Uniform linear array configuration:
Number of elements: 12
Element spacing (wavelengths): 1
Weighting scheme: hann
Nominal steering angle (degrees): -60
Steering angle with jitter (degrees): -61.937
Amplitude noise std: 0.05
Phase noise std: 0.05

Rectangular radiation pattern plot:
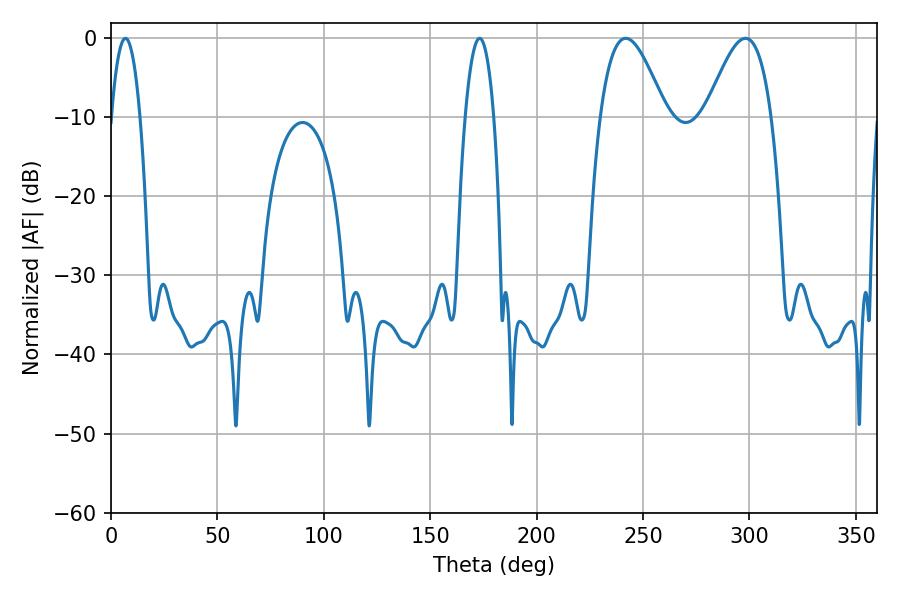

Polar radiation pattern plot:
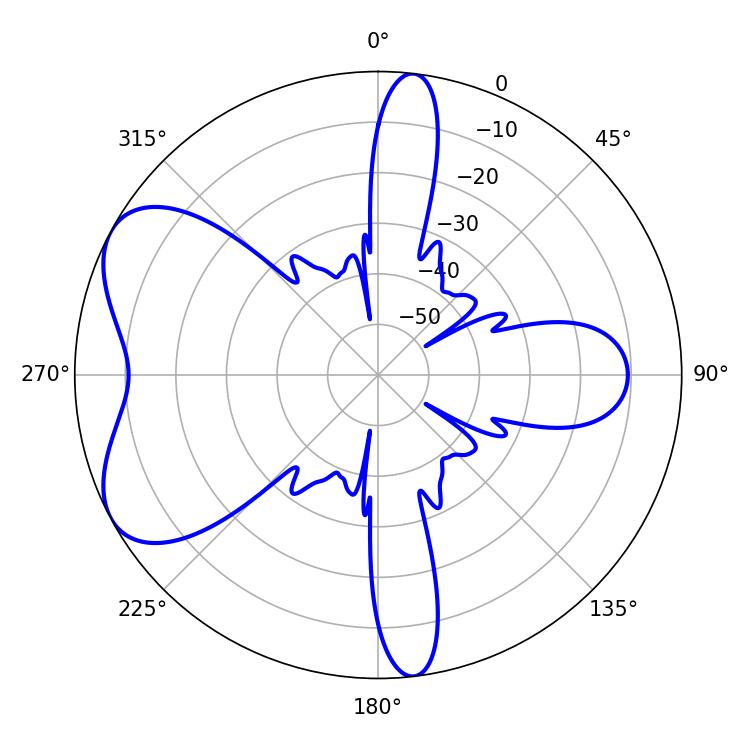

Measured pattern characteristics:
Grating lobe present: TRUE
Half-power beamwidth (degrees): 16.56
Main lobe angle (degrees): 241.92